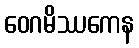
ဝေဂမိဿကေန